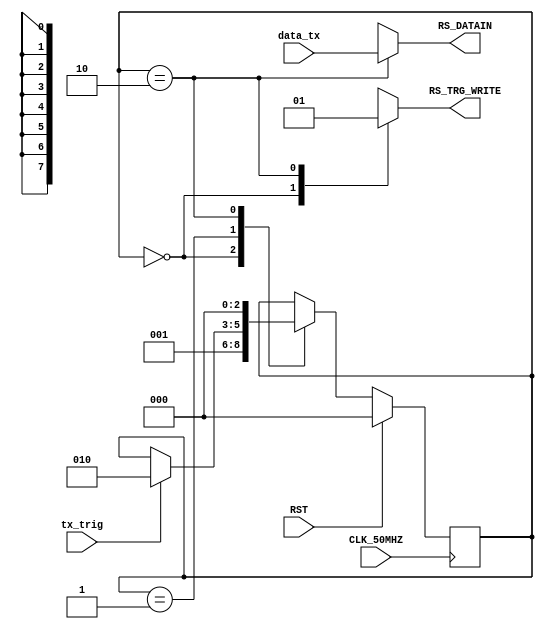
module Manager_TX_FSM(
	input CLK_50MHZ,
	input RST,
	input tx_trig,
	input [7:0] data_tx,
	output reg [7:0] RS_DATAIN,
	output reg RS_TRG_WRITE
   );
	
	reg [2:0] state_tx; //TODO 2bits
	localparam [2:0]	IDLE = 3'd0,
							TX_WAITING_TRIG = 3'd1,
							TX_WRITING_DATA = 3'd2;

	always @(posedge CLK_50MHZ) begin
		if(RST) state_tx <= IDLE; // przebieg jalowy dla ustalenia sie state_tx w procesie flasha stanu idle
		else begin
			case (state_tx)
				IDLE: begin
					state_tx <= TX_WAITING_TRIG;
				end
				TX_WAITING_TRIG:
					if( tx_trig )
						state_tx <= TX_WRITING_DATA;
				TX_WRITING_DATA:
					state_tx <= IDLE;
			endcase
		end
	end


	always @* begin
		RS_DATAIN = 8'dX;
		RS_TRG_WRITE = 1'bX;
		case( state_tx )
			IDLE:
				RS_TRG_WRITE = 1'b0;
			TX_WRITING_DATA: begin
				RS_DATAIN = data_tx;
				RS_TRG_WRITE = 1'b1;
			end
		endcase
	end

endmodule